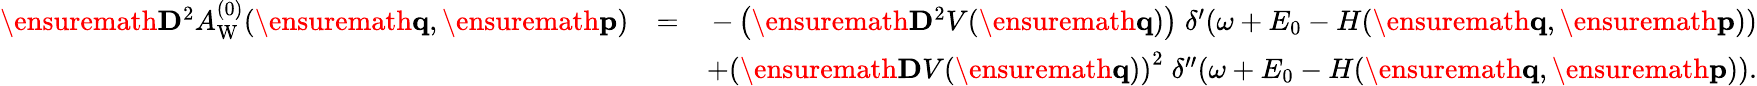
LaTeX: \begin{array}{rlr}{\ensuremath{\mathbf{D}}^{2}A_{\mathrm{W}}^{(0)}(\ensuremath{\mathbf{q}},\ensuremath{\mathbf{p}})}&{=}&{-\left(\ensuremath{\mathbf{D}}^{2}V(\ensuremath{\mathbf{q}})\right)\; \delta^{\prime}\! \left(\omega+E_{0}-H(\ensuremath{\mathbf{q}},\ensuremath{\mathbf{p}})\right)}\\ &{}&{+\left(\ensuremath{\mathbf{D}}V(\ensuremath{\mathbf{q}})\right)^{2}\; \delta^{\prime\prime}\! \left(\omega+E_{0}-H(\ensuremath{\mathbf{q}},\ensuremath{\mathbf{p}})\right).}\end{array}